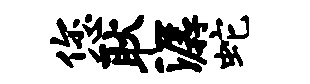
您耿潺蛇